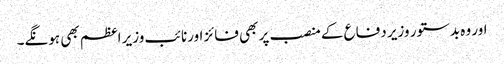
اور وہ بدستور وزیر دفاع کے منصب پر بھی فائز اورنائب وزیر اعظم بھی ہونگے۔